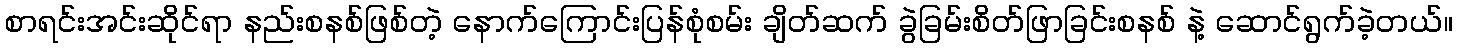
စာရင်းအင်းဆိုင်ရာ နည်းစနစ်ဖြစ်တဲ့ နောက်ကြောင်းပြန်စုံစမ်း ချိတ်ဆက် ခွဲခြမ်းစိတ်ဖြာခြင်းစနစ် နဲ့ ဆောင်ရွက်ခဲ့တယ်။